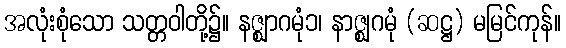
အလုံးစုံသော သတ္တဝါတို့၌။ နဇ္ဈာဂမုံ၁၊ နာဇ္ဈဂမုံ (ဆဋ္ဌ) မမြင်ကုန်။